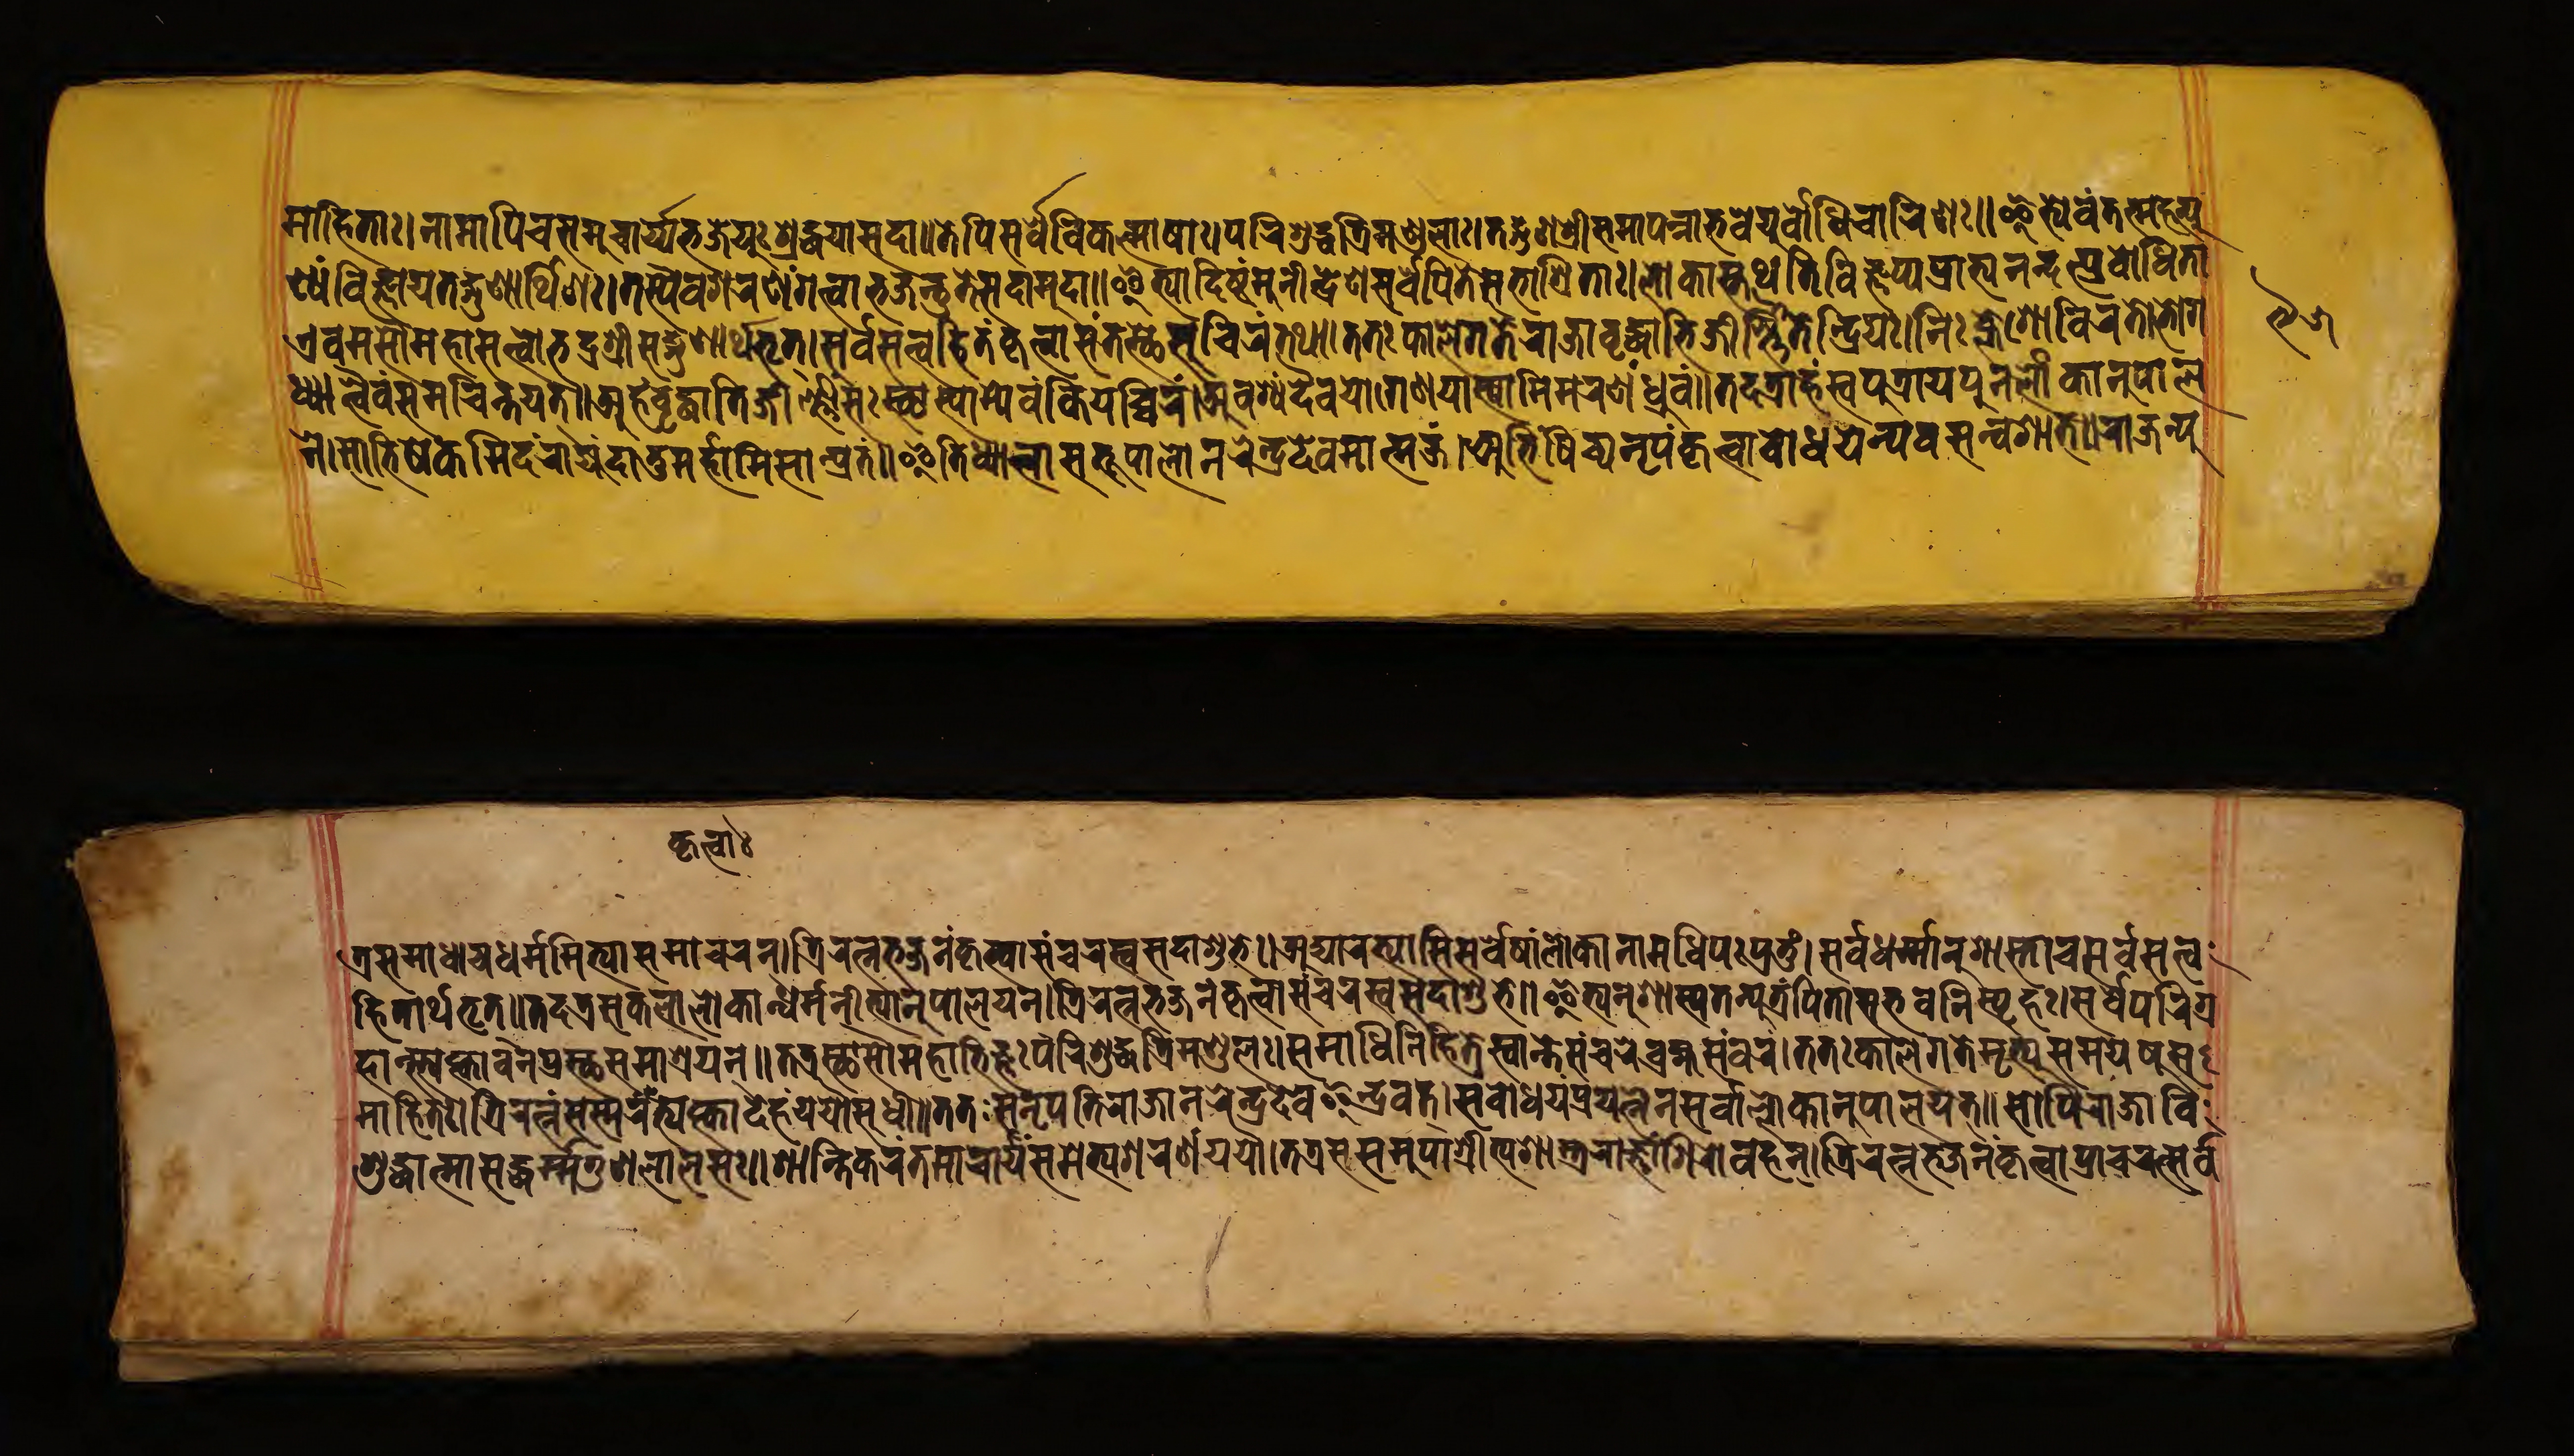
𑐩𑐵𑐴𑐶𑐟𑐵𑑅𑑋𑐣𑐵𑐩𑐵𑐥𑐶𑐔𑐳𑐩𑐸𑐔𑑂𑐔𑐵𑐬𑑂𑐫𑐨𑐖𑐾𑐫𑐸𑑅𑐱𑑂𑐬𑐡𑑂𑐢𑐫𑐵𑐳𑐡𑐵𑑌𑐟𑐾𑐥𑐶𑐳𑐬𑑂𑐰𑐾𑐰𑐶𑐎𑐮𑑂𑐩𑐵𑐲𑐵𑑅𑐥𑐬𑐶𑐱𑐸𑐡𑑂𑐢𑐟𑑂𑐬𑐶𑐩𑐞𑑂𑐜𑐮𑐵𑑅𑑋𑐟𑐡𑑂𑐐𑐸𑐞𑐱𑑂𑐬𑐷𑐳𑐩𑐵𑐥𑐣𑑂𑐣𑐵𑐨𑐰𑐾𑐫𑐸𑐧𑑀𑐢𑐶𑐔𑐵𑐬𑐶𑐞𑑅𑑌𑐂𑐟𑑂𑐫𑐾𑐰𑑄𑐟𑐟𑑂𑐩𑐴𑐟𑑂𑐥𑐸 𑐞𑑂𑐫𑑄𑐰𑐶𑐖𑑂𑐘𑐵𑐫𑐟𑐡𑑂𑐐𑐸𑐞𑐵𑐬𑑂𑐠𑐶𑐣𑑅𑑋𑐟𑐳𑑂𑐫𑐿𑐰𑐱𑐬𑐞𑑄𑐐𑐟𑑂𑐰𑐵𑐨𑐖𑐣𑑂𑐟𑐸𑐟𑐾𑐳𑐡𑐵𑐩𑐸𑐡𑐵𑑌𑐂𑐟𑑂𑐫𑐵𑐡𑐶𑐲𑑂𑐚𑑄𑐩𑐸𑐣𑐷𑐣𑑂𑐡𑑂𑐬𑐾𑐞𑐳𑐬𑑂𑐰𑐾𑐥𑐶𑐟𑐾𑐳𑐨𑐵𑐱𑑂𑐬𑐶𑐟𑐵𑑅𑑋𑐮𑑀𑐎𑐵𑐳𑑂𑐟𑐠𑐾𑐟𑐶𑐰𑐶𑐖𑑂𑐘𑐥𑑂𑐫𑐥𑑂𑐬𑐵𑐨𑑂𑐫𑐣𑐣𑑂𑐡𑐣𑑂𑐥𑑂𑐬𑐧𑑀𑐢𑐶𑐟𑐵 𑐊𑐰𑐩𑐳𑑁𑐩𑐴𑐵𑐳𑐟𑑂𑐟𑑂𑐰𑑀𑐨𑐡𑑂𑐬𑐱𑑂𑐬𑐷𑐳𑐡𑑂𑐐𑐸𑐞𑐵𑐬𑑂𑐠𑐨𑐺𑐟𑑂𑑌𑐳𑐬𑑂𑐰𑐳𑐟𑑂𑐟𑑂𑐰𑐴𑐶𑐟𑑄𑐎𑐺𑐟𑑂𑐰𑐵𑐳𑑄𑐟𑐳𑑂𑐠𑐾𑐳𑐸𑐔𑐶𑐬𑑄𑐟𑐠𑐵𑑋𑐟𑐟𑑅𑐎𑐵𑐮𑐾𑐐𑐟𑐾𑐬𑐵𑐖𑐵𑐰𑐺𑐡𑑂𑐢𑑀𑐨𑐶𑐖𑐷𑐬𑑂𑐞𑑂𑐞𑐶𑐟𑐾𑐣𑑂𑐡𑑂𑐬𑐶𑐫𑑅𑑋𑐣𑐶𑑅𑐎𑑂𑐮𑐾𑐱𑑀𑐰𑐶𑐬𑐟𑐵𑐨𑐵𑐐 𑐢𑑂𑐫𑐵𑐟𑑂𑐰𑐿𑐰𑐳𑐩𑐔𑐶𑐣𑑂𑐟𑐫𑐟𑑂𑑌𑐀𑐴𑑄𑐰𑐺𑐡𑑂𑐢𑑀𑐟𑐶𑐖𑐷𑐬𑑂𑐞𑑂𑐞𑐵𑐒𑑂𑐐𑑅𑐳𑑂𑐠𑐵𑐳𑑂𑐫𑐵𑐩𑑂𑐫𑐾𑐰𑑄𑐎𑐶𑐫𑐵𑐔𑑂𑐔𑐬𑑄𑑋𑐀𑐰𑐱𑑂𑐫𑑄𑐡𑐿𑐰𑐫𑑀𑐐𑐾𑐞𑐫𑐵𑐳𑑂𑐫𑐵𑐩𑐶𑐩𑐬𑐞𑑄𑐢𑑂𑐬𑐸𑐰𑑄𑑌𑐟𑐡𑐟𑑂𑐬𑐵𑐴𑑄𑐳𑑂𑐰𑐥𑐸𑐟𑑂𑐬𑐵𑐫𑐫𑐹𑐣𑐾𑐮𑑀𑐎𑐵𑐣𑐸𑐥𑐵𑐮 𑐣𑐾𑑋𑐳𑐵𑐨𑐶𑐲𑐾𑐎𑐩𑐶𑐡𑑄𑐬𑐵𑐖𑑂𑐫𑑄𑐡𑐵𑐟𑐸𑐩𑐬𑑂𑐴𑐵𑐩𑐶𑐳𑐵𑐩𑑂𑐥𑑂𑐬𑐟𑑄𑑌𑐂𑐟𑐶𑐢𑑂𑐫𑐵𑐟𑑂𑐰𑐵𑐳𑐨𑐹𑐥𑐵𑐮𑑀𑐣𑐬𑐾𑐣𑑂𑐡𑑂𑐬𑐡𑐾𑐰𑐩𑐵𑐟𑑂𑐩𑐖𑑄𑑋𑐀𑐨𑐶𑐲𑐶𑑄𑐔𑑂𑐫𑐣𑐺𑐥𑑄𑐎𑐺𑐟𑑂𑐰𑐵𑐧𑑀𑐢𑐫𑐣𑑂𑐣𑐾𑐰𑐩𑑄𑐣𑑂𑐰𑐱𑐵𑐟𑑂𑑌𑐬𑐵𑐖𑐣𑑂𑐥𑐸 𑐎𑐺𑐟𑑂𑐰𑐵𑑅 𑐟𑑂𑐬𑐳𑐩𑐵𑐢𑐵𑐫𑐢𑐬𑑂𑐩𑐣𑐷𑐟𑑂𑐫𑐵𑐳𑐩𑐵𑐔𑐬𑐣𑑂𑑋𑐟𑑂𑐬𑐶𑐬𑐟𑑂𑐣𑐨𑐖𑐣𑑄𑐎𑐺𑐟𑑂𑐰𑐵𑐳𑑄𑐔𑐬𑐳𑑂𑐰𑐳𑐡𑐵𑐱𑐸𑐨𑐾𑑌𑐀𑐡𑑂𑐫𑐵𑐬𑐨𑑂𑐫𑐵𑐳𑐶𑐳𑐬𑑂𑐰𑐾𑐲𑐵𑑄𑐮𑑀𑐎𑐵𑐣𑐵𑐩𑐢𑐶𑐥𑑅𑐥𑑂𑐬𑐨𑐸𑑅𑑋𑐳𑐬𑑂𑐰𑐢𑐬𑑂𑐩𑐵𑐣𑐸𑐱𑐵𑐳𑑂𑐟𑐵𑐔𑐳𑐬𑑂𑐰𑐳𑐟𑑂𑐟𑑂𑐰 𑐴𑐶𑐟𑐵𑐬𑑂𑐠𑐨𑐺𑐟𑑂𑑌𑐟𑐡𑐟𑑂𑐬𑐳𑐎𑐮𑐵𑐣𑑂𑐮𑑀𑐎𑐵𑐣𑑂𑐢𑐬𑑂𑐩𑐣𑐷𑐟𑑂𑐫𑐵𑐣𑐸𑐥𑐵𑐮𑐫𑐣𑑂𑑋𑐟𑑂𑐬𑐶𑐬𑐟𑑂𑐣𑐨𑐖𑐣𑑄𑐎𑐺𑐟𑑂𑐰𑐵𑐳𑑄𑐔𑐬𑑄𑐳𑑂𑐰𑐳𑐡𑐵𑐱𑐸𑐨𑐾𑑌𑐂𑐟𑑂𑐫𑐣𑐸𑐱𑐵𑐳𑑂𑐫𑐟𑐣𑑂𑐥𑐸𑐟𑑂𑐬𑑄𑐥𑐶𑐟𑐵𑐳𑐨𑐰𑐣𑐶𑐳𑑂𑐥𑐺𑐴𑑅𑑋𑐳𑐬𑑂𑐰𑐥𑐬𑐶𑐐𑑂𑐬 𑐩𑐵𑐴𑐶𑐟𑑅𑑋𑐟𑑂𑐬𑐶𑐬𑐟𑑂𑐣𑑄𑐳𑐳𑑂𑐩𑐬𑑄𑐳𑑂𑐟𑑂𑐫𑐎𑑂𑐟𑑂𑐰𑐵𑐡𑐾𑐴𑑄𑐫𑐫𑑁𑐳𑐸𑐏𑐵𑐰𑐟𑐷𑑄𑑌𑐟𑐟𑑅𑐳𑐣𑐺𑐥𑐟𑐷𑐬𑐵𑐖𑐵𑐣𑐬𑐾𑐣𑑂𑐡𑑂𑐬𑐡𑐾𑐰𑐿𑐣𑑂𑐡𑑂𑐬𑐰𑐟𑑂𑑋𑐳𑑄𑐧𑑀𑐢𑐫𑐣𑑂𑐥𑑂𑐬𑐫𑐟𑑂𑐣𑐾𑐣𑐳𑐬𑑂𑐰𑐵𑐣𑑂𑐮𑑀𑐎𑐵𑐣𑐥𑐵𑐮𑐫𑐟𑑂𑑌𑐳𑑀𑐥𑐶𑐬𑐵𑐖𑐵𑐰𑐶 𑐴𑐵𑐣𑑂𑐳𑑂𑐟𑑂𑐫𑐎𑑂𑐟𑑂𑐰𑐵𑐰𑐣𑐥𑑂𑐬𑐳𑑂𑐠𑐳𑐩𑐵𑐱𑑂𑐬𑐫𑐣𑑂𑑌𑐟𑐟𑑂𑐬𑐳𑑂𑐠𑐵𑐳𑑁𑐩𑐴𑐵𑐨𑐶𑐖𑑂𑐘𑑅𑐥𑐬𑐶𑐱𑐸𑐡𑑂𑐢𑐶𑐟𑑂𑐬𑐶𑐩𑐞𑑂𑐜𑐮𑑅𑑋𑐳𑐩𑐵𑐢𑐶𑐣𑐶𑐴𑐶𑐟𑑅𑐳𑑂𑐰𑐵𑐣𑑂𑐟𑑅𑐳𑐳𑑄𑐔𑐬𑐾𑐧𑐴𑑂𑐩𑐳𑑄𑐧𑐬𑑄𑑌𑐟𑐟𑑅𑐎𑐵𑐮𑐾𑐐𑐟𑐾𑐩𑐺𑐟𑑂𑐫𑐸𑐳𑐩𑐫𑐾𑐲𑐳 𑐱𑐸𑐡𑑂𑐢𑐵𑐟𑑂𑐩𑐵𑐳𑐡𑑂𑐢𑐬𑑂𑐩𑑂𑐩𑐐𑐸𑐞𑐮𑐵𑐮𑐳𑑅𑑋𑐱𑐵𑐣𑑂𑐟𑐶𑐎𑐬𑑄𑐟𑐩𑐵𑐔𑐵𑐬𑑂𑐫𑐳𑐩𑐾𑐟𑑂𑐫𑐱𑐬𑐞𑑄𑐫𑐫𑑁𑑌𑐟𑐟𑑂𑐬𑐳𑐳𑐩𑐸𑐥𑐵𑐱𑑂𑐬𑐶𑐟𑑂𑐫𑐱𑐵𑐳𑑂𑐟𑐸𑐬𑐵𑐖𑑂𑐘𑐵𑑄𑐱𑐶𑐬𑑀𑐰𑐴𑐣𑑂𑑋𑐟𑑂𑐬𑐶𑐬𑐟𑑂𑐣𑐨𑐖𑐣𑑄𑐎𑐺𑐟𑑂𑐰𑐵𑐥𑑂𑐬𑐵𑐔𑐬𑐟𑑂𑐳𑐬𑑂𑐰 𑑙𑑕